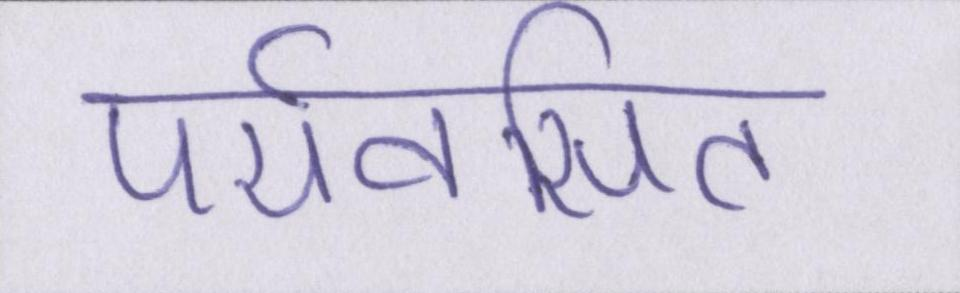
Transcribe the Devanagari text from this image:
पर्यवसित